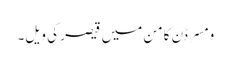
ومسرڈن کامن میں قیصر کی ویل۔